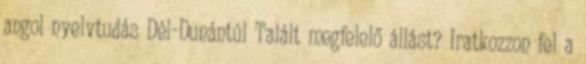
angol nyelvtudás Dél-Dunántúl Talált megfelelő állást? Iratkozzon fel a